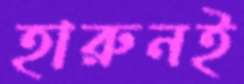
হারুনই